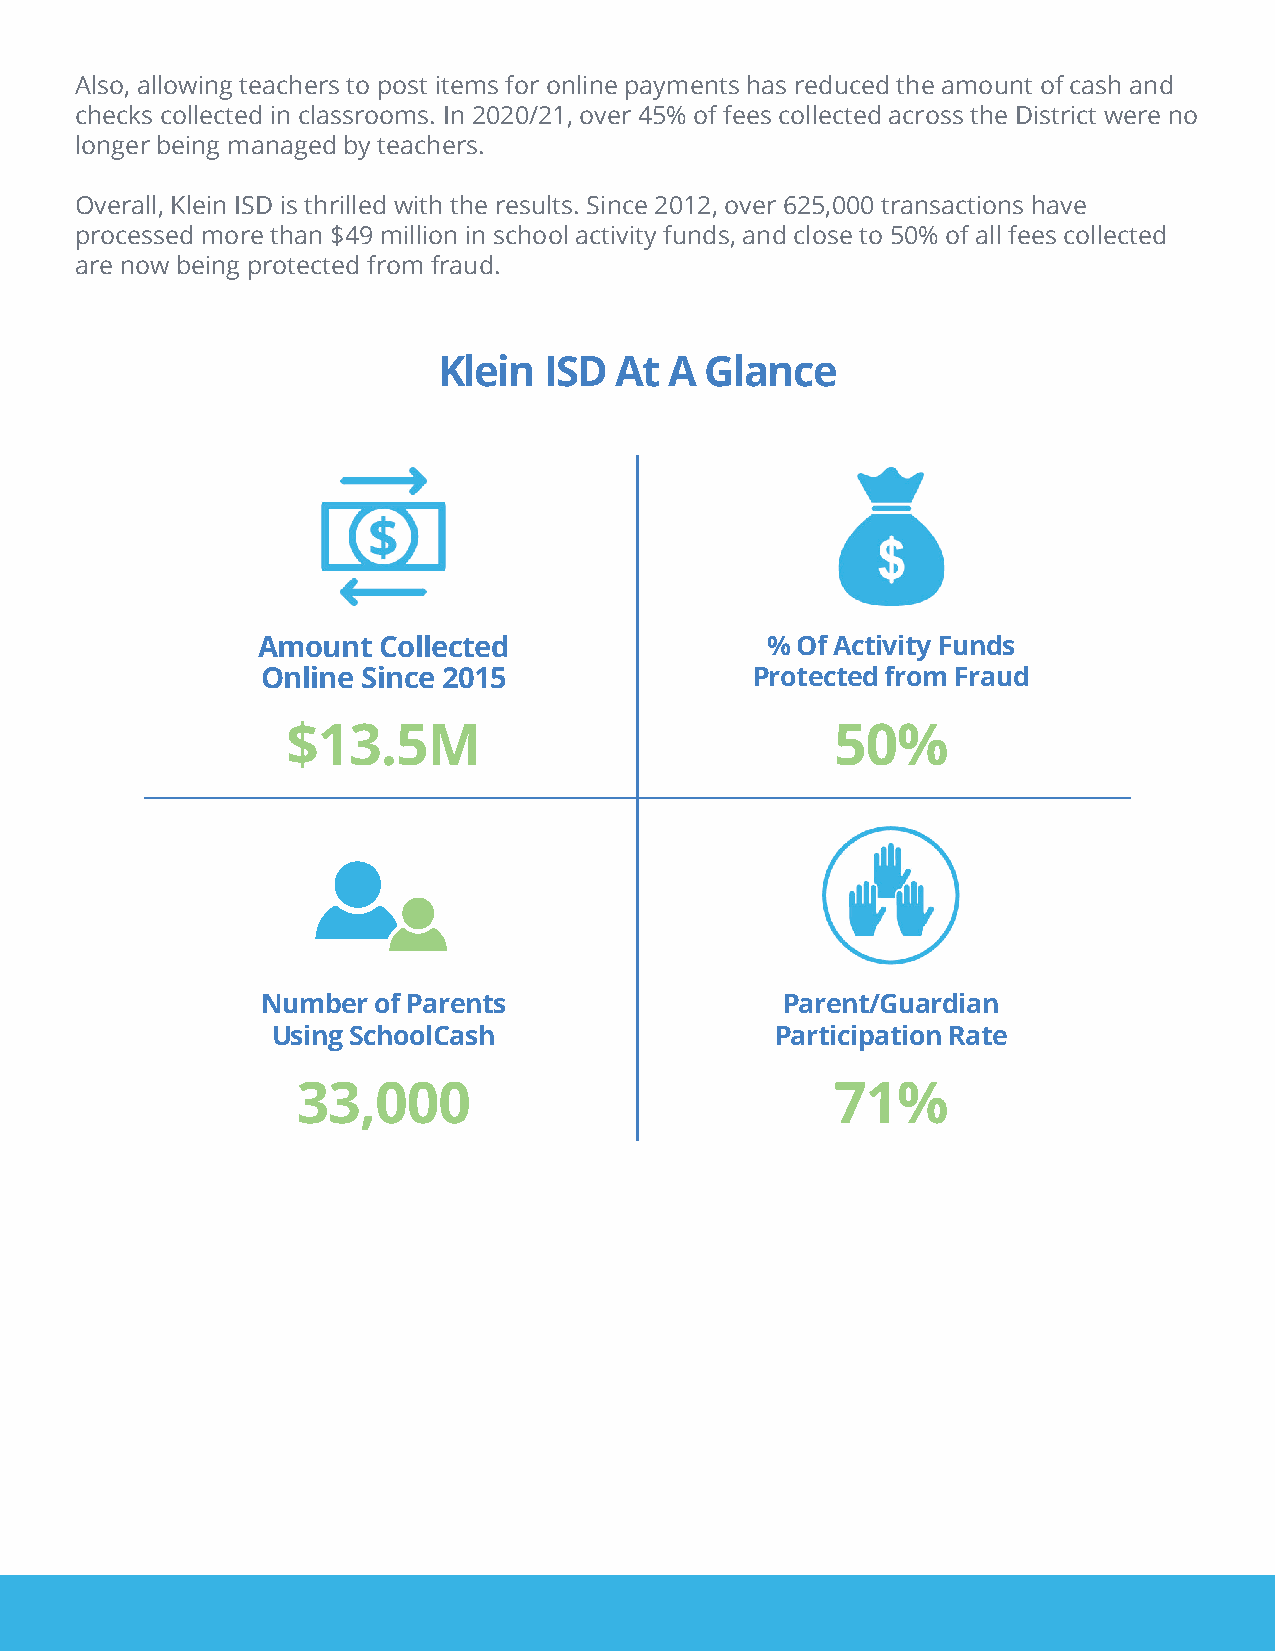
Also, allowing teachers to post items for online payments has reduced the amount of cash and
 checks collected in classrooms. In 2020/21, over 45% of fees collected across the District were no
 longer being managed by teachers.
 Overall, Klein ISD is thrilled with the results. Since 2012, over 625,000 transactions have
 processed more than $49 million in school activity funds, and close to 50% of all fees collected
 are now being protected from fraud.
 Klein  ISD  At A  Glance
 Amount  Collected                 % Of Activity Funds
 Online Since 2015                Protected from Fraud
 $13.5M                              50%
 Number  of Parents                 Parent/Guardian
 Using SchoolCash                 Participation Rate
 33,000                             71%